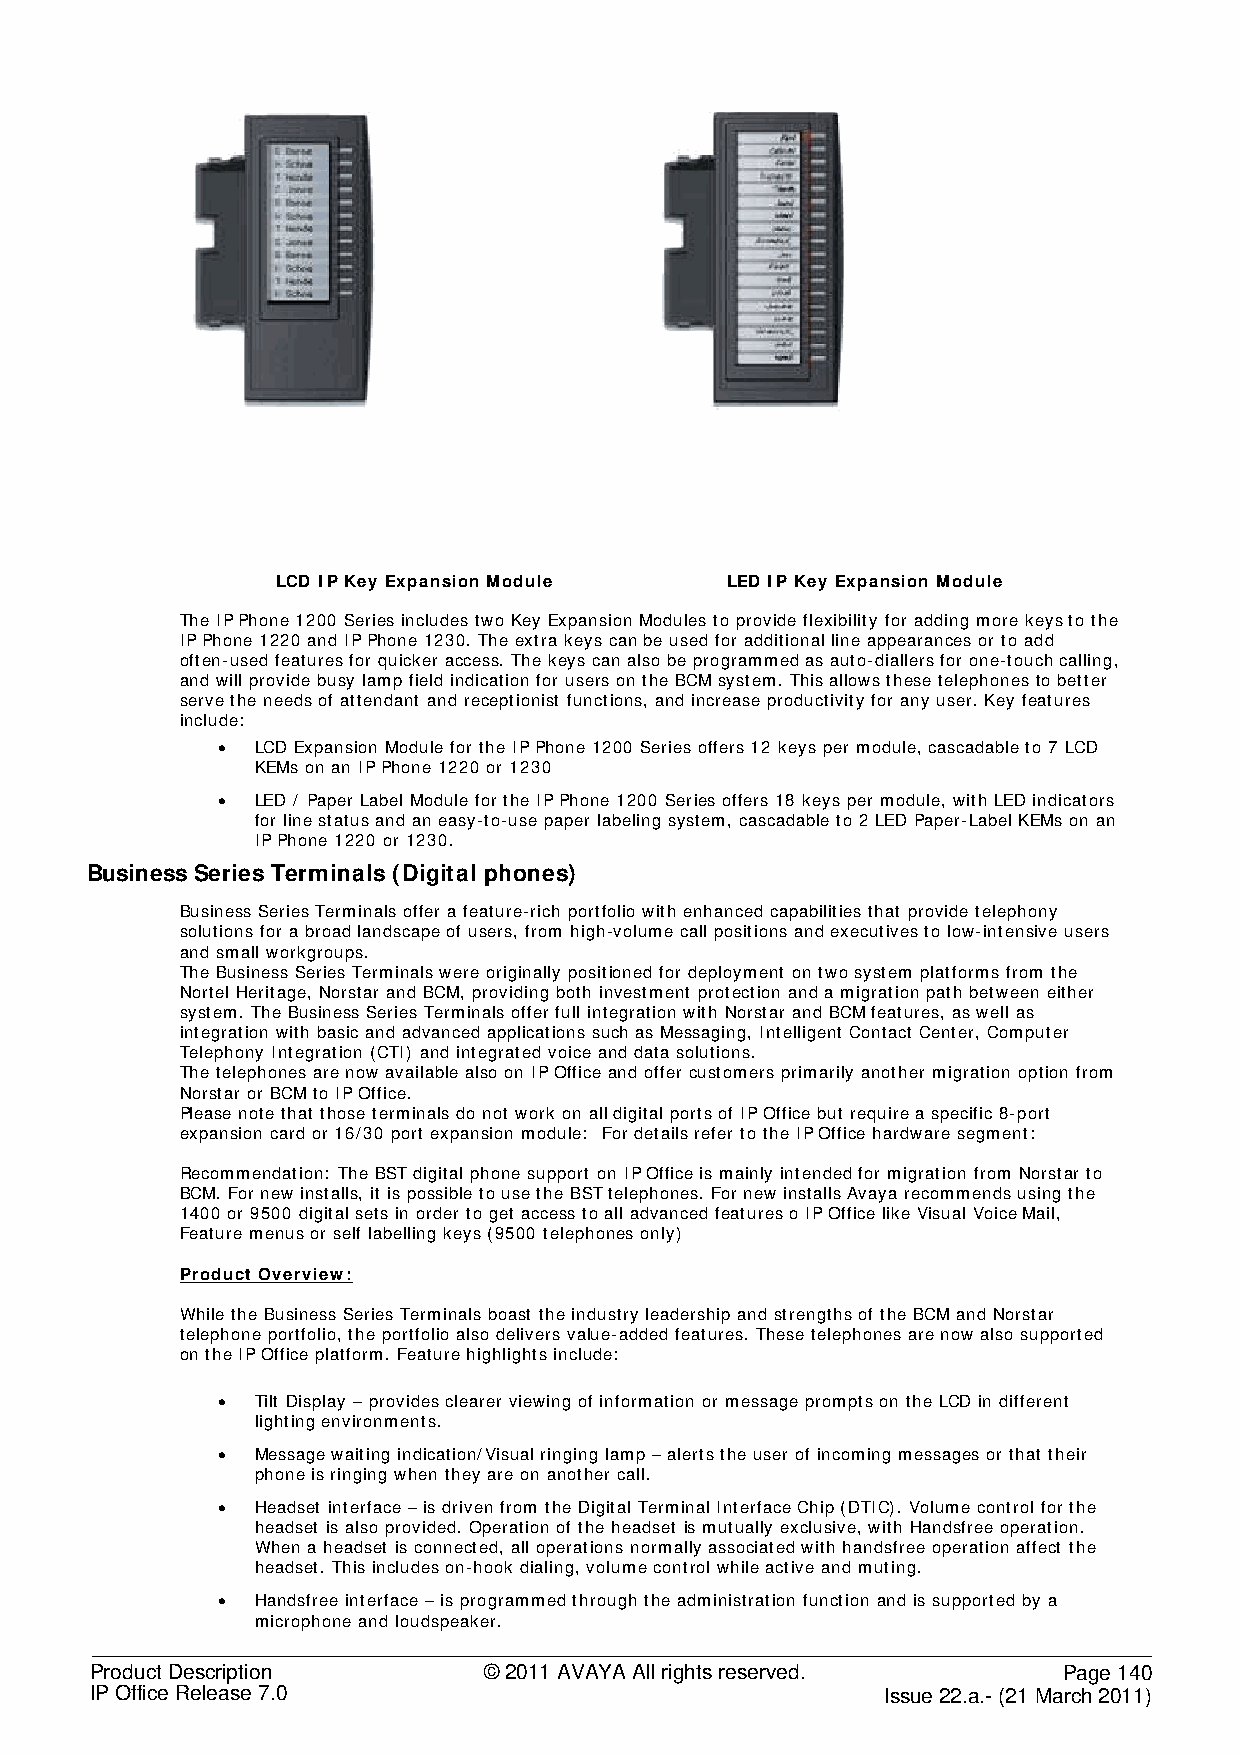
LCD IP Key Expansion Module   LED IP Key Expansion Module
 The IP Phone 1200 Series includes two Key Expansion Modules to provide flexibility for adding more keys to the
 IP Phone 1220 and IP Phone 1230. The extra keys can be used for additional line appearances or to add
 often-used features for quicker access. The keys can also be programmed as auto-diallers for one-touch calling,
 and will provide busy lamp field indication for users on the BCM system. This allows these telephones to better
 serve the needs of attendant and receptionist functions, and increase productivity for any user. Key features
 include:
 •  LCD Expansion Module for the IP Phone 1200 Series offers 12 keys per module, cascadable to 7 LCD
 KEMs on an IP Phone 1220 or 1230
 •  LED / Paper Label Module for the IP Phone 1200 Series offers 18 keys per module, with LED indicators
 for line status and an easy-to-use paper labeling system, cascadable to 2 LED Paper-Label KEMs on an
 IP Phone 1220 or 1230.
 Business Series Terminals (Digital phones)
 Business Series Terminals offer a feature-rich portfolio with enhanced capabilities that provide telephony
 solutions for a broad landscape of users, from high-volume call positions and executives to low-intensive users
 and small workgroups.
 The Business Series Terminals were originally positioned for deployment on two system platforms from the
 Nortel Heritage, Norstar and BCM, providing both investment protection and a migration path between either
 system. The Business Series Terminals offer full integration with Norstar and BCM features, as well as
 integration with basic and advanced applications such as Messaging, Intelligent Contact Center, Computer
 Telephony Integration (CTI) and integrated voice and data solutions.
 The telephones are now available also on IP Office and offer customers primarily another migration option from
 Norstar or BCM to IP Office.
 Please note that those terminals do not work on all digital ports of IP Office but require a specific 8-port
 expansion card or 16/30 port expansion module: For details refer to the IP Office hardware segment:
 Recommendation: The BST digital phone support on IP Office is mainly intended for migration from Norstar to
 BCM. For new installs, it is possible to use the BST telephones. For new installs Avaya recommends using the
 1400 or 9500 digital sets in order to get access to all advanced features o IP Office like Visual Voice Mail,
 Feature menus or self labelling keys (9500 telephones only)
 Product Overview:
 While the Business Series Terminals boast the industry leadership and strengths of the BCM and Norstar
 telephone portfolio, the portfolio also delivers value-added features. These telephones are now also supported
 on the IP Office platform. Feature highlights include:
 •  Tilt Display – provides clearer viewing of information or message prompts on the LCD in different
 lighting environments.
 •  Message waiting indication/Visual ringing lamp – alerts the user of incoming messages or that their
 phone is ringing when they are on another call.
 •  Headset interface – is driven from the Digital Terminal Interface Chip (DTIC). Volume control for the
 headset is also provided. Operation of the headset is mutually exclusive, with Handsfree operation.
 When a headset is connected, all operations normally associated with handsfree operation affect the
 headset. This includes on-hook dialing, volume control while active and muting.
 •  Handsfree interface – is programmed through the administration function and is supported by a
 microphone and loudspeaker.
 Product Description       © 2011 AVAYA All rights reserved.     Page 140
 IP Office Release 7.0                                Issue 22.a.- (21 March 2011)